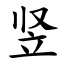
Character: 竖